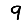
Digit: 9